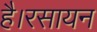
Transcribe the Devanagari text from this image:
है।रसायन